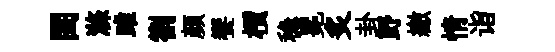
閨滌雎劄颜饗檟稳冕炙卦野繳情诣